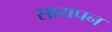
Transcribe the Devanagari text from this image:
सायपन